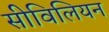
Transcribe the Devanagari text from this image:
सीविलियन